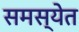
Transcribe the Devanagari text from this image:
समस्येत